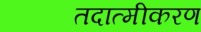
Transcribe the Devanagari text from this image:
तदात्मीकरण